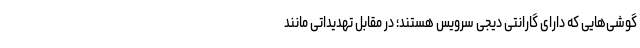
گوشی‌هایی که دارای گارانتی دیجی سرویس هستند؛ در مقابل تهدیداتی مانند